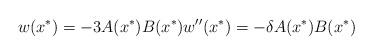
LaTeX: \begin{align*}w(x^*)=-3A(x^*)B(x^*) w''(x^*)=-\delta A(x^*)B(x^*)\end{align*}